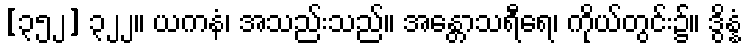
[၃၅၂] ၃၂၂။ ယကနံ၊ အသည်းသည်။ အန္တောသရီရေ၊ ကိုယ်တွင်း၌။ ဒွိန္နံ